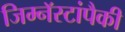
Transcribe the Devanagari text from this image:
जिम्नॅस्टांपैकी